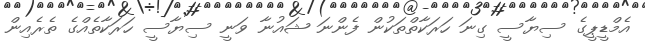
އެމްޑީޕީގެ ސިޔާސީ ގިނަ ހަރަކާތްތަކުން ފެންނަ ޝައުނާ ވަނީ ސިޔާސީ ހަރަކާތެއްގެ ތެރެއިން